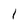
Character: l